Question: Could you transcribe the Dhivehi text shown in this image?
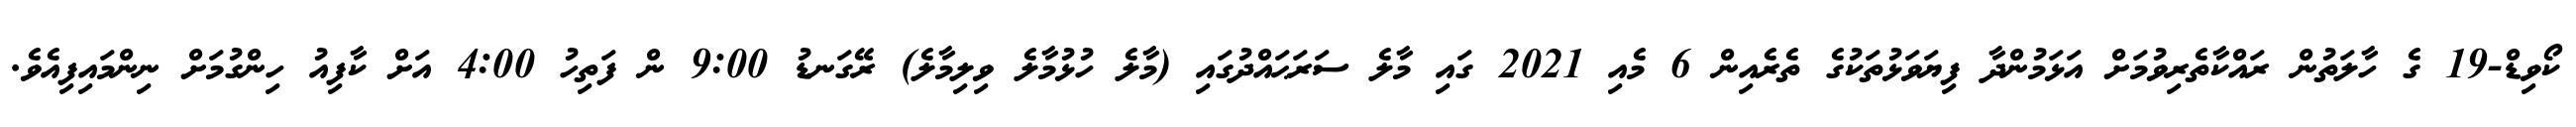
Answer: ކޯވިޑް-19 ގެ ހާލަތުން ރައްކާތެރިވުމަށް އަޅަމުންދާ ފިޔަވަޅުތަކުގެ ތެރެއިން 6 މެއި 2021 ގައި މާލެ ސަރަޙައްދުގައި (މާލެ ހުޅުމާލެ ވިލިމާލެ) ރޭގަނޑު 9:00 ން ފަތިހު 4:00 އަށް ކާފިއު ހިންގުމަށް ނިންމައިފިއެވެ.